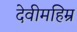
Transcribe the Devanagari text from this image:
देवीमहिम्र